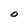
Character: O